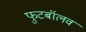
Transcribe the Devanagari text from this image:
फुटबॉलव